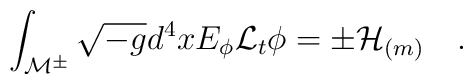
\int_{{\cal M}^{\pm}}\sqrt{-g} d^4x E_\phi {\cal L}_t\phi=\pm{\cal H}_{(m)}~~~.